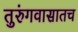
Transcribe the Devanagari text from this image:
तुरुंगवासातच